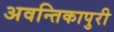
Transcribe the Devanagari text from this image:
अवन्तिकापुरी